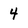
Character: 4